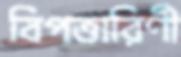
বিপত্তারিণী